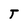
Character: T